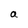
Character: a